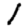
Digit: 1